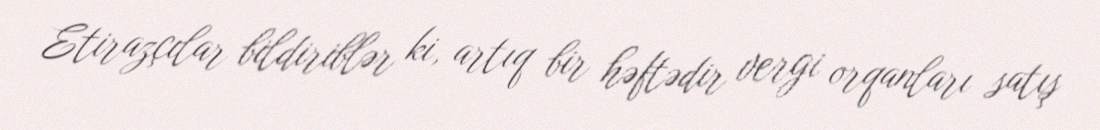
Etirazçılar bildiriblər ki, artıq bir həftədir vergi orqanları satış